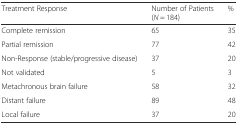
| Treatment Response | Number of Patients (N = 184) | % |
 | --- | --- | --- |
 | Complete remission | 65 | 35 |
 | Partial remission | 77 | 42 |
 | Non-Response (stable/progressive disease) | 37 | 20 |
 | Not validated | 5 | 3 |
 | Metachronous brain failure | 58 | 32 |
 | Distant failure | 89 | 48 |
 | Local failure | 37 | 20 |